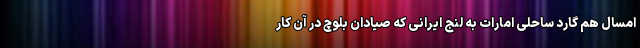
امسال هم گارد ساحلی امارات به لنج ایرانی که صیادان بلوچ در آن کار